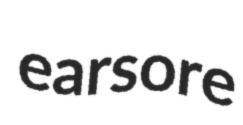
earsore